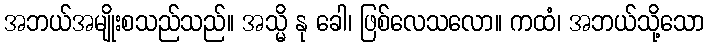
အဘယ်အမျိုးစသည်သည်။ အသ္မိ နု ခေါ၊ ဖြစ်လေသလော။ ကထံ၊ အဘယ်သို့သော